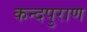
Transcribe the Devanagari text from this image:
कन्दपुराण